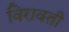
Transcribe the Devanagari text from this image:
विरावती